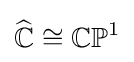
{\widehat {\mathbb {C} }}\cong \mathbb {CP} ^{1}